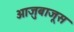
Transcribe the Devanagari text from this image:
आजुबाजूस